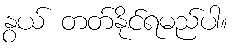
နွယ် တတ်နိုင်ရမည်ပါ။